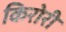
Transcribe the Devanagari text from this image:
किरोरी